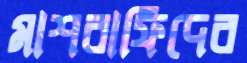
মাশরাফিদের